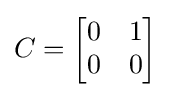
C={\begin{bmatrix}0&1\\0&0\end{bmatrix}}